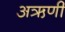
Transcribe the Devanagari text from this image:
अऋणी